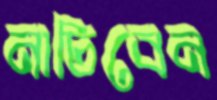
নাচিবেন